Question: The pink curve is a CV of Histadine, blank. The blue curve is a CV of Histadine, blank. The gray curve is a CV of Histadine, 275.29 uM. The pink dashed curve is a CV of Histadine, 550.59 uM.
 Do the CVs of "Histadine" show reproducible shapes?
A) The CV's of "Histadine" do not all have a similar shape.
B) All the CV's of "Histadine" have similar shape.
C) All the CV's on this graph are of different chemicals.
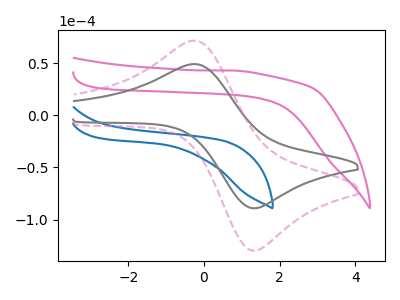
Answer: <think>The pink curve "Histadine, blank" has no peaks. The blue curve "Histadine, blank" has no peaks. The gray curve "Histadine, 275.29 uM" has an anodic peak at (-0.25V, 49.25uA) and a cathodic peak at (1.30V, -89.15uA). The pink dashed curve "Histadine, 550.59 uM" has an anodic peak at (-0.25V, 71.70uA) and a cathodic peak at (1.30V, -129.90uA).
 Neither "Histadine, blank" or "Histadine, blank" have any peaks. "Histadine, blank" and "Histadine, 275.29 uM" have a different number of peaks. "Histadine, blank" and "Histadine, 550.59 uM" have a different number of peaks. "Histadine, blank" and "Histadine, 275.29 uM" have a different number of peaks. "Histadine, blank" and "Histadine, 550.59 uM" have a different number of peaks. All the peaks in "Histadine, 275.29 uM" have a peak in "Histadine, 550.59 uM" at the same potential. Every peak in "Histadine, 275.29 uM" is lower than every peak in "Histadine, 550.59 uM".</think>
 <answer>B) All the CV's of "Histadine" have similar shape.</answer>
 <eval>B</eval>